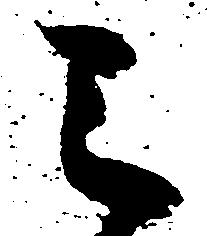
之